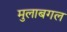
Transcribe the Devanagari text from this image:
मुलाबगल